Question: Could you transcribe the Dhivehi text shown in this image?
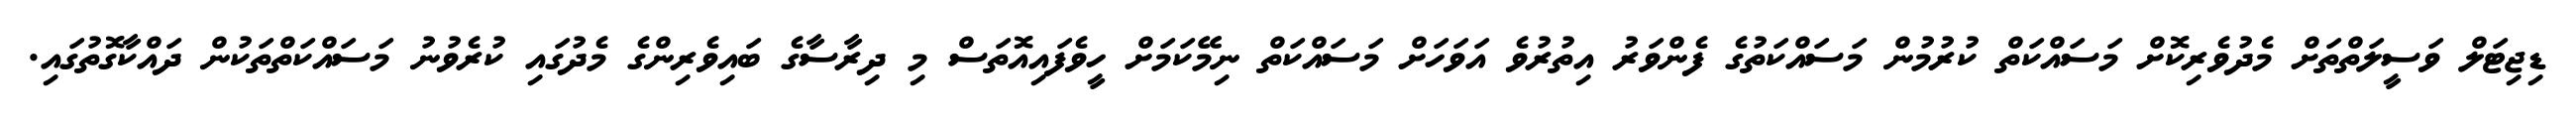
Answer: ޑިޖިޓަލް ވަސީލަތްތަށް މެދުވެރިކޮށް މަސައްކަތް ކުރުމުން މަސައްކަތުގެ ފެންވަރު އިތުރުވެ އަވަހަށް މަސައްކަތް ނިމޭކަމަށް ހީވެފައިއޮތަސް މި ދިރާސާގެ ބައިވެރިންގެ މެދުގައި ކުރެވުނު މަސައްކަތްތަކުން ދައްކާގޮތުގައި.